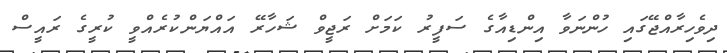
ދިވެހިރާއްޖޭގައި ހުންނަވާ އިންޑިއާގެ ސަފީރު ކަމަށް ރަޖީވް ޝަހާރޭ އައްޔަންކުރެއްވީ ކުރީގެ ރައީސް